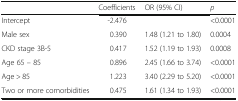
<table><thead><tr><td></td><td><b>Coefficients</b></td><td><b>OR (95% CI)</b></td><td><b><i>p</i></b></td></tr></thead><tbody><tr><td>Intercept</td><td>-2.476</td><td></td><td>&lt;0.0001</td></tr><tr><td>Male sex</td><td>0.390</td><td>1.48 (1.21 to 1.80)</td><td>0.0004</td></tr><tr><td>CKD stage 3B-5</td><td>0.417</td><td>1.52 (1.19 to 1.93)</td><td>0.0008</td></tr><tr><td>Age 65 – 85</td><td>0.896</td><td>2.45 (1.66 to 3.74)</td><td>&lt;0.0001</td></tr><tr><td>Age &gt; 85</td><td>1.223</td><td>3.40 (2.29 to 5.20)</td><td>&lt;0.0001</td></tr><tr><td>Two or more comorbidities</td><td>0.475</td><td>1.61 (1.34 to 1.93)</td><td>&lt;0.0001</td></tr></tbody></table>